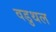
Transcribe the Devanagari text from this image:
वडुथल